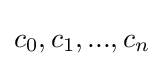
c_{0},c_{1},...,c_{n}